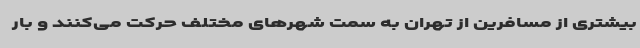
بیشتری از مسافرین از تهران به سمت شهرهای مختلف حرکت می‌کنند و بار